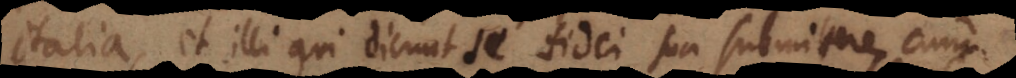
Italia, et illi qui dicunt se fidei sua submittere, cum